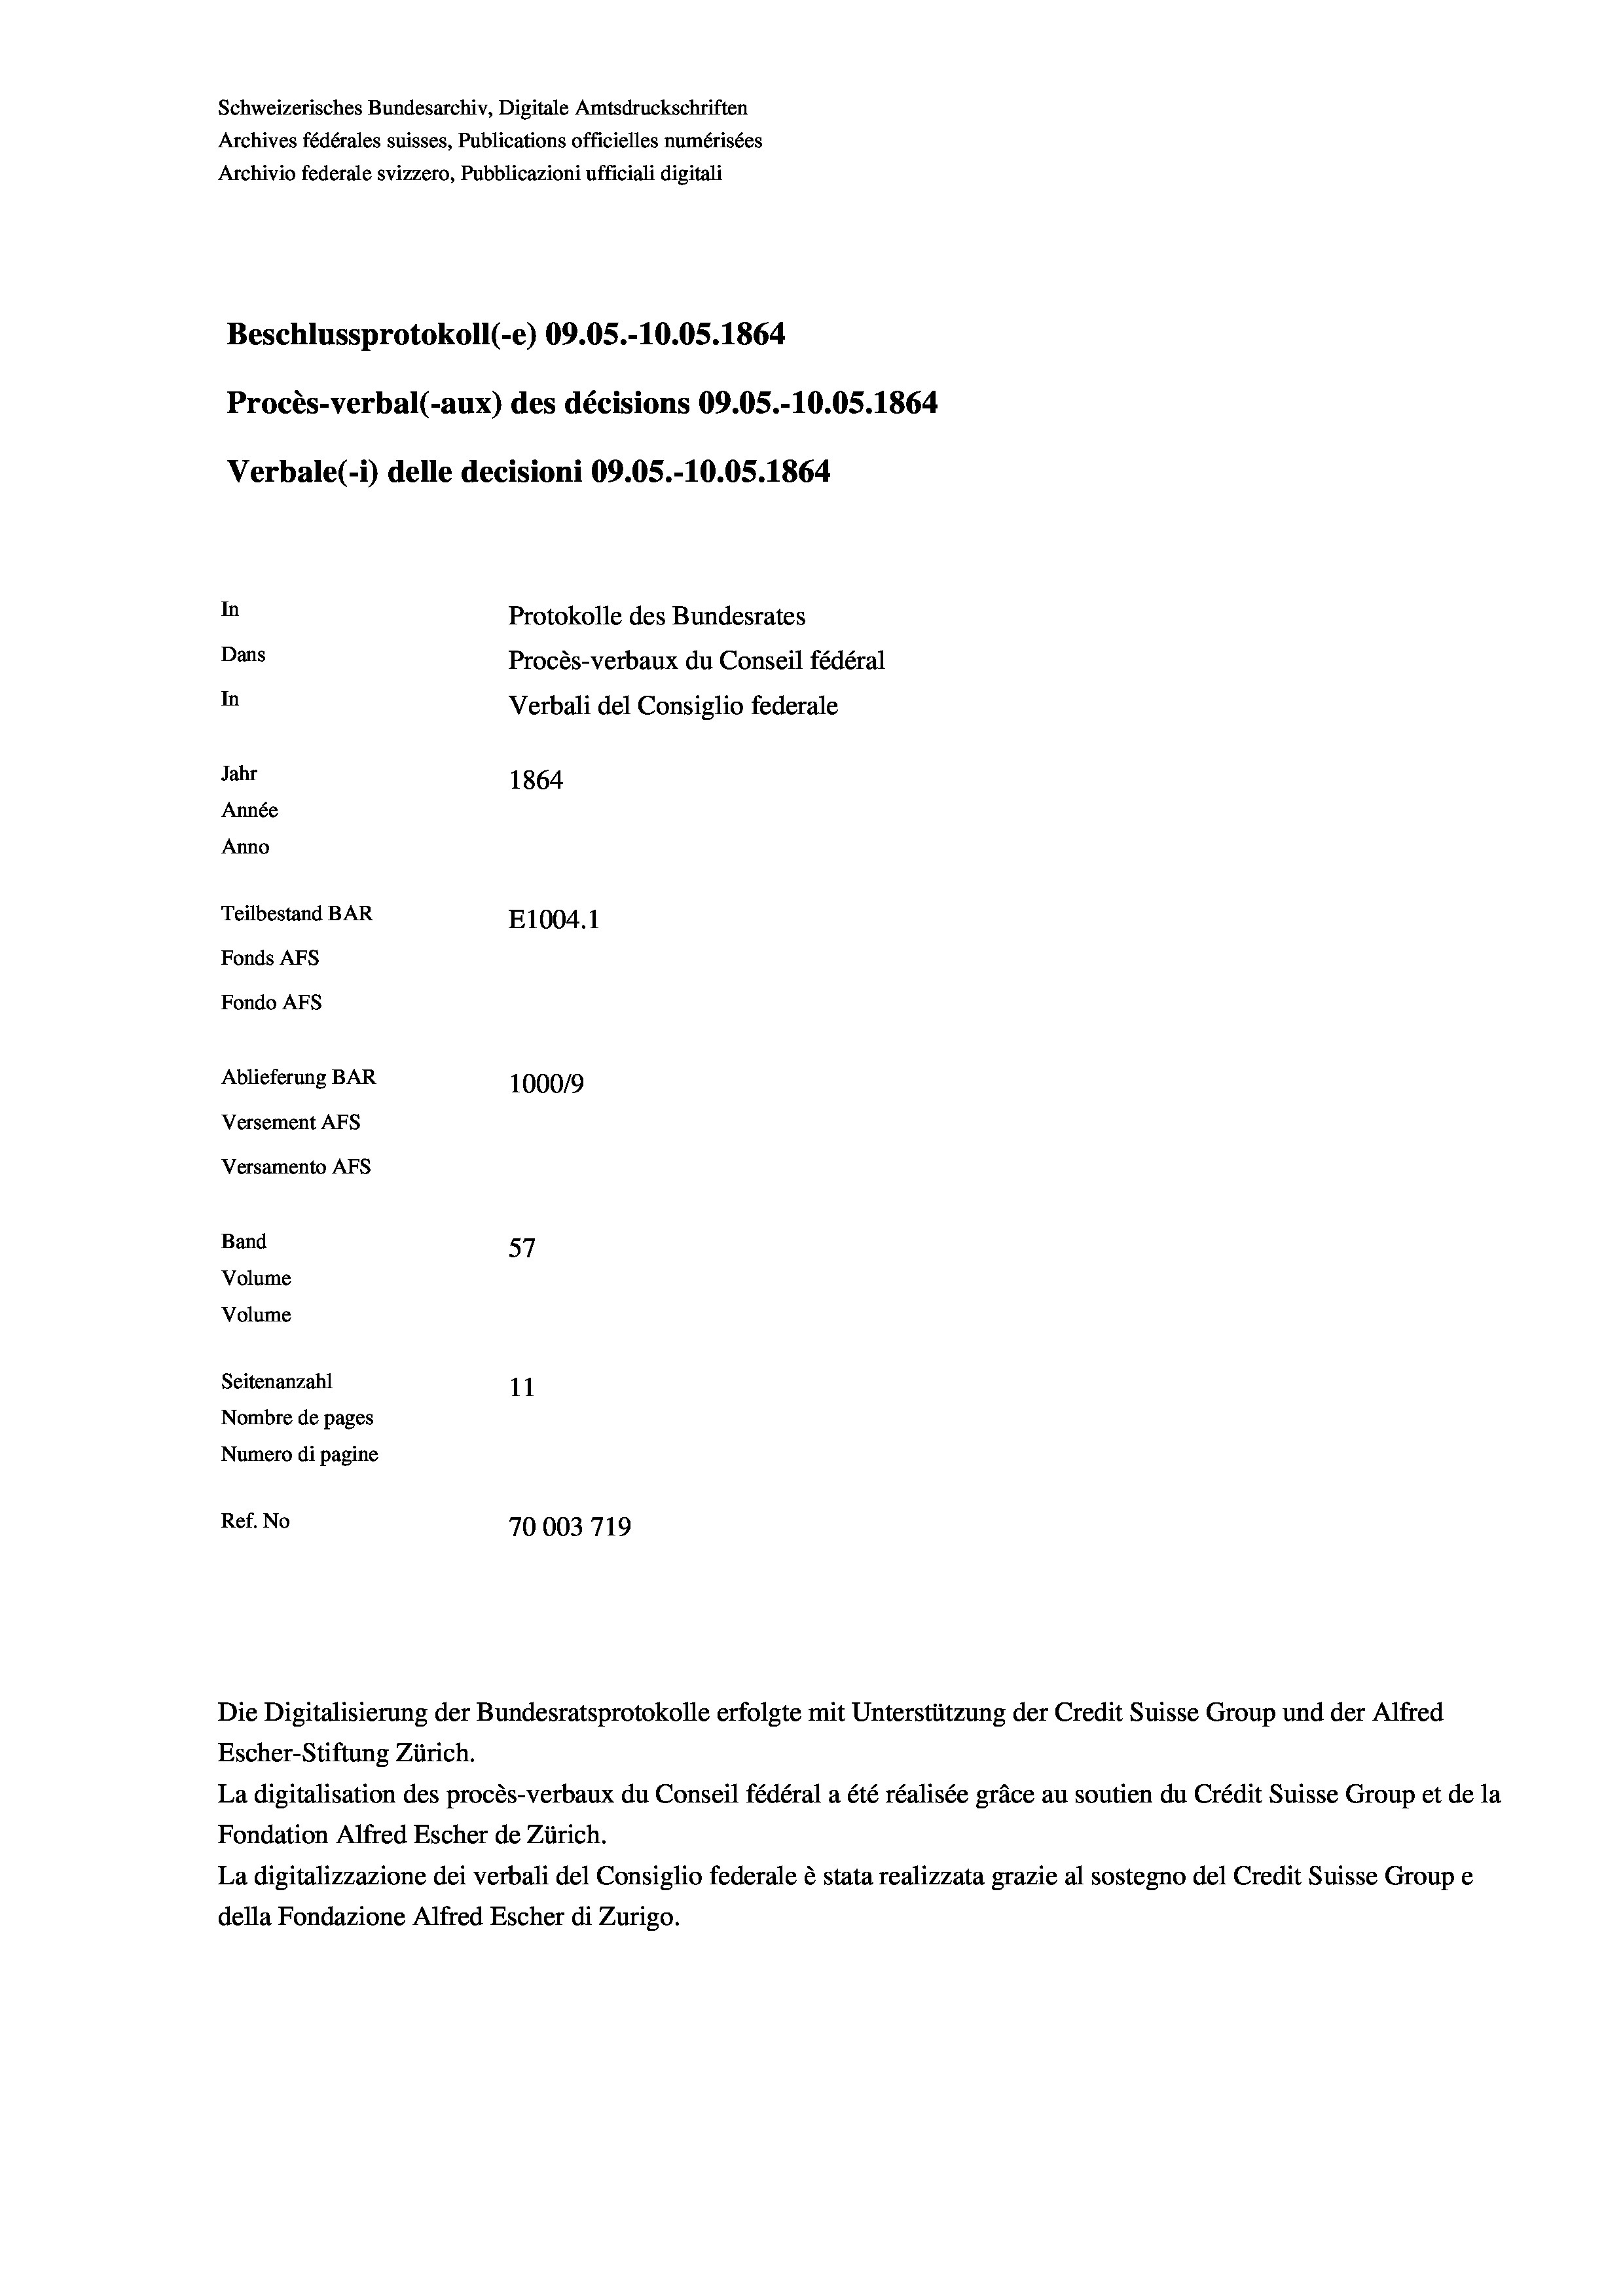
Schweizerisches Bundesarchiv, Digitale Amtsdruckschriften
Archives fédérales suisses, Publications officielles numérisées
Archivio federale svizzero, Pubblicazioni ufficiali digitali
Beschlussprotokoll (-e) 09.05.-10.05. 1864
Procès-verbal (-aux) des décisions 09.05.-10.05. 1864
Verbale (i) delle decisioni 09.05.-10.05. 1864
In
Protokolle des Bundesrates
Dans
Procès-verbaux du Conseil fédéral
In
Verbali del Consiglio federale
Jahr
1864
Année
Anno
Teilbestand BAR
E1004.1
Fonds AFs
Fondo Afs
Ablieferung BAR
100019
Versement AFs
Versamento Afs
f
Band
57
Volume
Volume
Seitenanzahl
11
Nombre de pages
Numero di pagine
Ref. No
70003719

Escher-Stiftung Zürich.
La digitalisation des procès-verbaux du Conseil fédéral a été réalisée gräce au soutien du Crédit Suisse Group et de la
Fondation Alfred Escher de Zürich.
La digitalizzazione dei verbali del Consiglio federale è stata realizzata grazie al sostegno del Credit Suisse Groupe
della Fondazione Alfred Escher di Zurigo.

Die Digitalisierung der Bundesratsprotokolle erfolgte mit Unterstützung der Credit Suisse Group und der Alfred